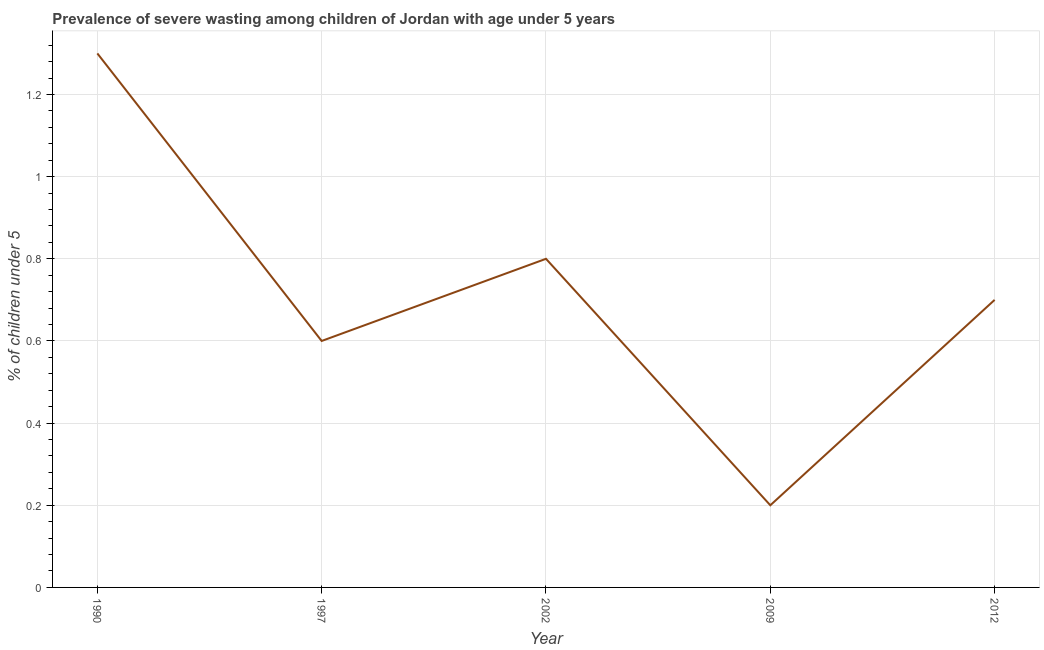
| Year | Prevalence of severe wasting |
 | --- | --- |
 | 1990 | 1.3 |
 | 1997 | 0.6 |
 | 2002 | 0.8 |
 | 2009 | 0.2 |
 | 2012 | 0.7 |